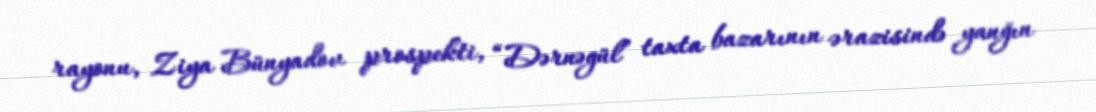
rayonu, Ziya Bünyadov prospekti, “Dərnəgül” taxta bazarının ərazisində yanğın